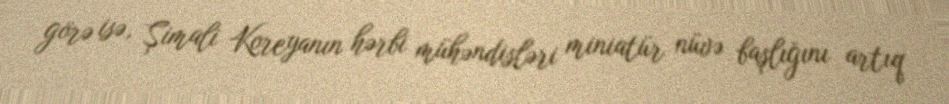
görə isə, Şimali Koreyanın hərbi mühəndisləri miniatür nüvə başlığını artıq